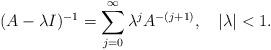
LaTeX: \begin{align*}(A - \lambda I)^{-1} = \sum_{j = 0}^\infty \lambda^j A^{-(j + 1)} , \ \ \ |\lambda| < 1 .\end{align*}